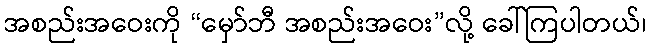
အစည်းအဝေးကို “မှော်ဘီ အစည်းအဝေး”လို့ ခေါ်ကြပါတယ်၊